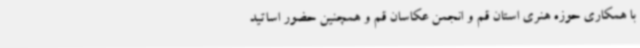
با همکاری حوزه هنری استان قم و انجمن عکاسان قم و همچنین حضور اساتید